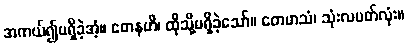
အကယ်၍မရှိခဲ့အံ့။ တေနဟိ၊ ထိုသို့မရှိခဲ့သော်။ တေမာသံ၊ သုံးလပတ်လုံး။